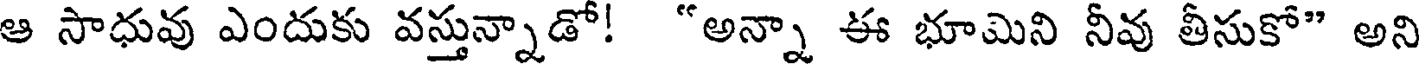
ఆ సాధువు ఎందుకు వస్తున్నాడో! "అన్నా ఈ భూమిని నీవు తీసుకో" అని